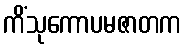
ကိံသုကောပမဇာတက